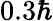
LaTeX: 0.3\hbar